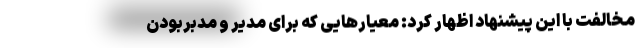
مخالفت با این پیشنهاد اظهار کرد: معیار‌هایی که برای مدیر و مدبر‌بودن